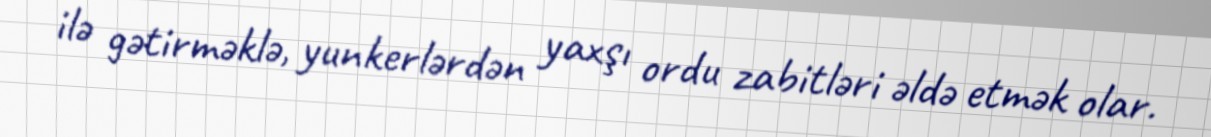
ilə gətirməklə, yunkerlərdən yaxşı ordu zabitləri əldə etmək olar.